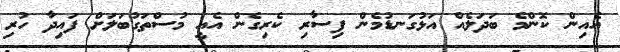
އެއިން ކޮންމެ ބަދަލެއް އަޅުގަނޑުމެން ފިސާރި ކެރިގެން އެއީ މުސްތަގުބަލަށް ފައިދާ ހުރި